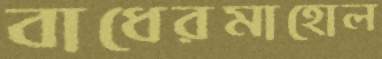
বাধেরমাহোল